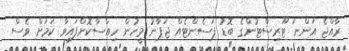
ރާއްޖެ އަންނަ ޓޫރިސްޓުންގެ ބޮޑު ޕަސެންޓެއް ޖަޕާނު މީހުން ހިއްސާކޮށްފައިވާ ކަމަށް ވެސް